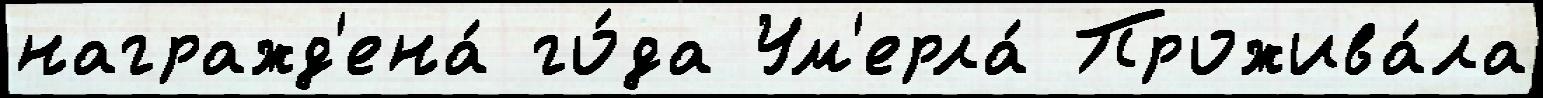
награжд'ена́ го́да Ум'ерла́ Прожива́ла